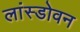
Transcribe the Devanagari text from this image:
लांस्डोवन